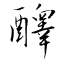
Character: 醳